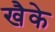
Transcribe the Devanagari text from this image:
खैके